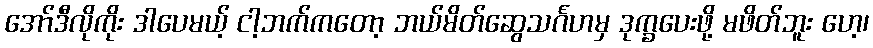
အော်ဒီလိုကိုး ဒါပေမယ့် ငါ့ဘက်ကတော့ ဘယ်မိတ်ဆွေသင်္ဂဟမှ ဒုက္ခပေးဖို့ မဖိတ်ဘူး ဟေ့၊